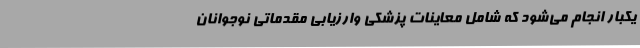
یکبار انجام می‌شود که شامل معاینات پزشکی وارزیابی مقدماتی نوجوانان